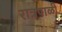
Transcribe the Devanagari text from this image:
रात्रपाळी